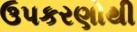
ઉપકરણોથી